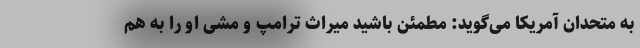
به متحدان آمریکا می‌گوید: مطمئن باشید میراث ترامپ و مشی او را به هم